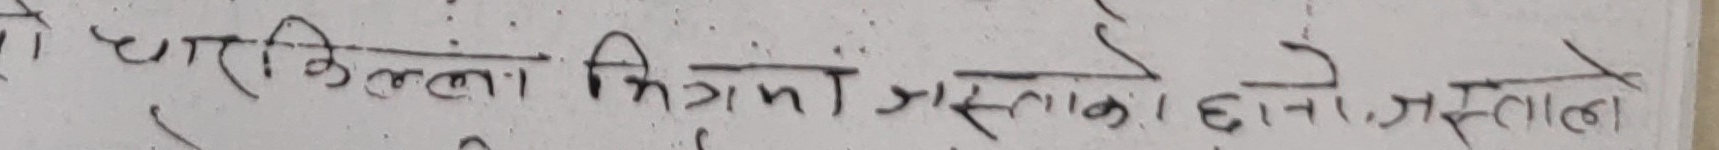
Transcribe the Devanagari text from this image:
तो चर्किलो चित्रमा पुस्तक हाने अस्तल